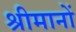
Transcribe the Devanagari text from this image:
श्रीमानों